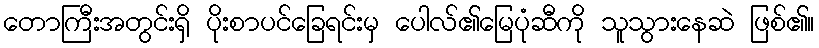
တောကြီးအတွင်းရှိ ပိုးစာပင်ခြေရင်းမှ ပေါလ်၏မြေပုံဆီကို သူသွားနေဆဲ ဖြစ်၏။